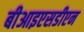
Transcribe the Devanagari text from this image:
बीआइएसडीएन